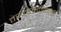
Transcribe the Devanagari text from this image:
तख्ताबंदीवाली